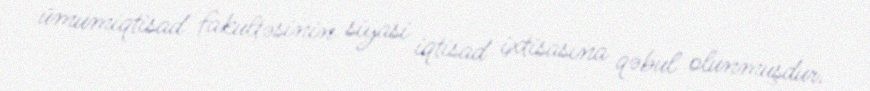
ümumiqtisad fakultəsinin siyasi iqtisad ixtisasına qəbul olunmuşdur.